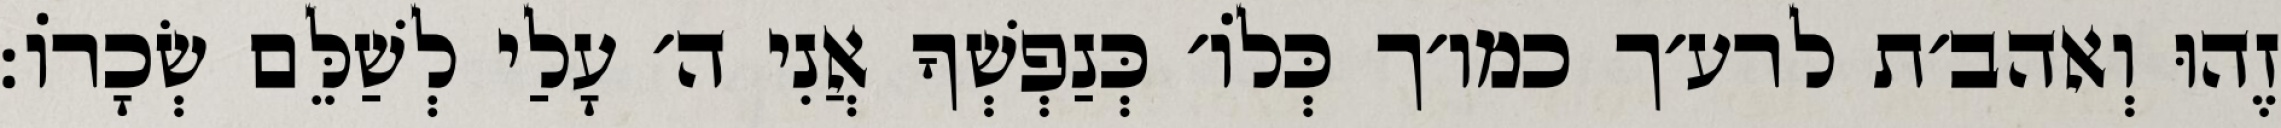
זֶהוּ וְאהב׳ת לרע׳ך כמו׳ך כְּלוֹ׳ כְּנַפְשְׁךָ אֲנִי ה׳ עָלַי לְשַׁלֵּם שְׂכָרוֹ: